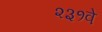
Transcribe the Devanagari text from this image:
२३१वे